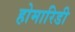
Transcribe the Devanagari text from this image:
होमारिडी